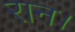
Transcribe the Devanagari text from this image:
रान।